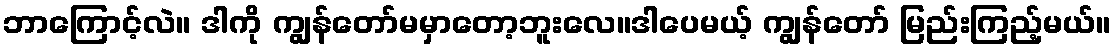
ဘာကြောင့်လဲ။ ဒါကို ကျွန်တော်မမှာတော့ဘူးလေ။ဒါပေမယ့် ကျွန်တော် မြည်းကြည့်မယ်။